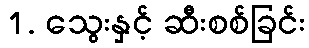
1. သွေးနှင့် ဆီးစစ်ခြင်း